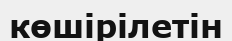
көшірілетін